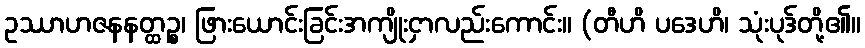
ဥဿာဟဇနနတ္ထဉ္စ၊ ဖြားယောင်းခြင်းအကျိုးငှာလည်းကောင်း။ (တီဟိ ပဒေဟိ၊ သုံးပုဒ်တို့၏။